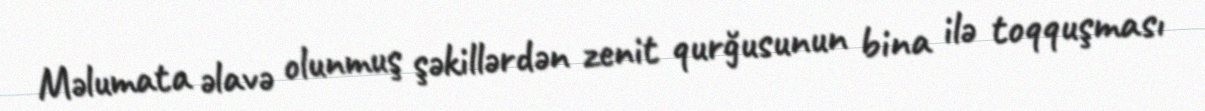
Məlumata əlavə olunmuş şəkillərdən zenit qurğusunun bina ilə toqquşması